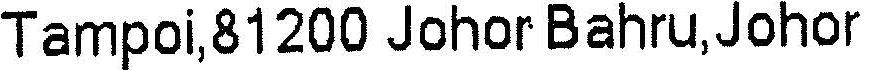
TAMPOI,81200 JOHOR BAHRU,JOHOR